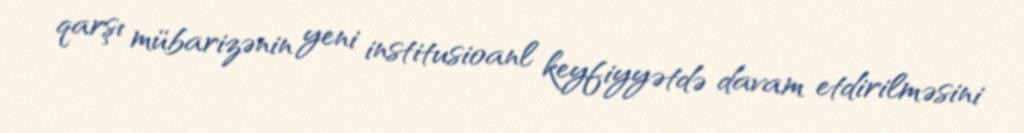
qarşı mübarizənin yeni institusioanl keyfiyyətdə davam etdirilməsini